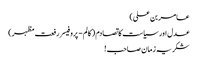
عامر بن علی)
عدل اور سیاست کا تصادم ( کالم - پروفیسر رفعت مظہر)
شکریہ زمان صاحب !